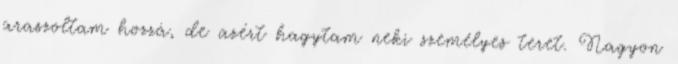
araszoltam hozzá, de azért hagytam neki személyes teret. Nagyon